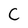
Character: C